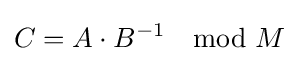
C=A\cdot B^{-1}\mod M